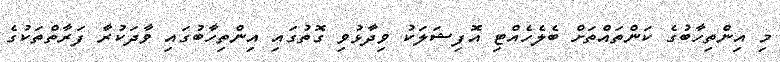
މި އިންތިހާބުގެ ކަންތައްތަށް ބެލެހެއްޓި އޮފިޝަލަކު ވިދާޅުވި ގޮތުގައި އިންތިހާބުގައި ވާދަކުރާ ފަރާތްތަކުގެ